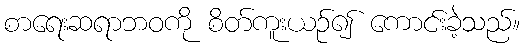
စာရေးဆရာဘဝကို စိတ်ကူးယဉ်၍ ကောင်းခဲ့သည်။